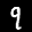
Label: 9